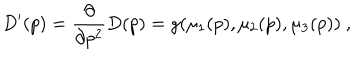
D ^ { \prime } ( p ) = { \frac { \partial } { \partial p ^ { 2 } } } D ( p ) = g ( \mu _ { 1 } ( p ) , \mu _ { 2 } ( p ) , \mu _ { 3 } ( p ) ) ~ ,